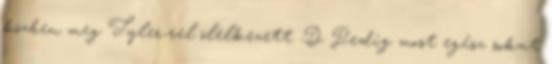
közben meg Tyler-rel ölelkezett :D Pedig most egész sokat